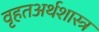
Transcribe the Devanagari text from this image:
वृहतअर्थशास्त्र